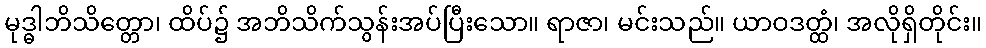
မုဒ္ဓါဘိသိတ္တော၊ ထိပ်၌ အဘိသိက်သွန်းအပ်ပြီးသော။ ရာဇာ၊ မင်းသည်။ ယာဝဒတ္ထံ၊ အလိုရှိတိုင်း။